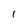
Character: l